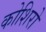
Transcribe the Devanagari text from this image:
कोशिरो